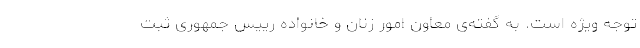
توجه ویژه است. به گفته‌ی معاون امور زنان و خانواده رییس جمهوری ثبت